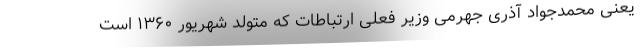
یعنی محمدجواد آذری جهرمی وزیر فعلی ارتباطات که متولد شهریور ۱۳۶۰ است